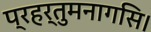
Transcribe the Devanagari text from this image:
प्रहर्तुमनागसि।